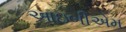
આઇબીએમ